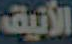
الأنيق